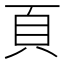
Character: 頁